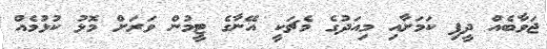
ޖަވާބެއް ދީފި ކަމަށާއި މިއަދުގެ މެޗަކީ އޭނާގެ ޓީމުން ވަރަށް މޮޅު ކުޅުމެއް